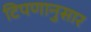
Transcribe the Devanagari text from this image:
टिपणानुसार